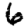
Digit: 6